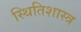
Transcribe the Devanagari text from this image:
स्थितिशास्त्र